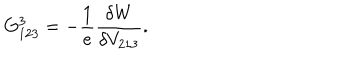
G _ { 1 2 3 } ^ { 3 } = - \frac { 1 } { e } \frac { \delta W } { \delta V _ { 2 1 3 } } .